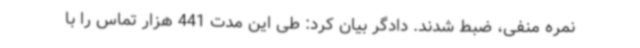
نمره منفی، ضبط شدند. دادگر بیان کرد: طی این مدت 441 هزار تماس را با